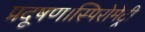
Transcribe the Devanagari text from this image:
प्रदूषण।स्पिरोमेट्री